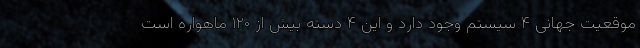
موقعیت جهانی ۴ سیستم وجود دارد و این ۴ دسته بیش از ۱۲۰ ماهواره است